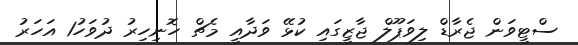
ސްޓީވަން ޖެރާޑް ލިވަޕޫލް ޖާޒީގައި ކުޅޭ ވަދާއީ މެޗް ހޮނިހިރު ދުވަހު1 އަހަރު